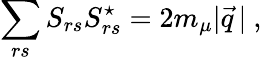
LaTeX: \sum_{rs}S_{rs}S_{rs}^{\star}=2m_{\mu}|\vec{q}\, |\ ,